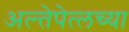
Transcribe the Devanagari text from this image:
अल्तेपेत्लच्या